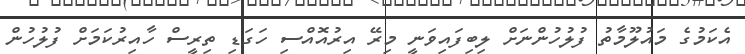
އެކަމުގެ މައުލޫމާތު ފުލުހުންނަށް ލިބިފައިވަނީ މިރޭ އިރުއޮއްސި ހަގަޑި ތިރީސް ހާއިރުކަމަށް ފުލުހުން